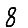
Digit: 8